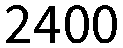
2400